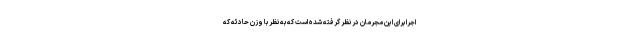
اجرا برای این مجرمان در نظر گرفته شده است که به نظر با وزن حادثه که